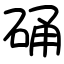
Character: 硧